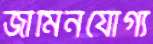
জামিনযোগ্য